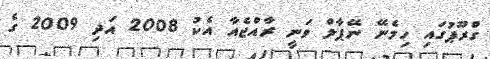
ގްރޫޕުގައި ހިމެނޭ ނޭޕާލް ވަނީ ރާއްޖެއާ އެކު 2008 އަދި 2009 ގެ